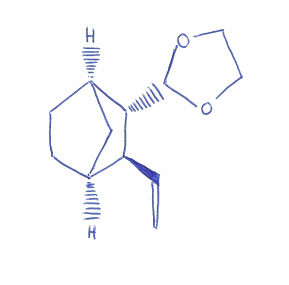
Simplified molecular-input line-entry system (SMILES) notation of the given molecule:
C=C[C@H]1[C@H]2CC[C@H](C2)[C@@H]1C3OCCO3